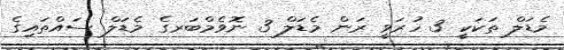
މެޑަލް ތަކަކީ 3 ހުރަވީ ރަން މެޑަލް 3 ނޮވެމްބަރގެ މެޑަލް ސައްތައިގެ